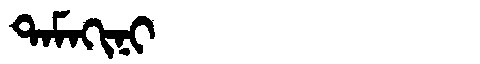
Manchu: ᡨᠠᠮᠠᡴᡳᠨᡳ
Romanization: TAMAKINI